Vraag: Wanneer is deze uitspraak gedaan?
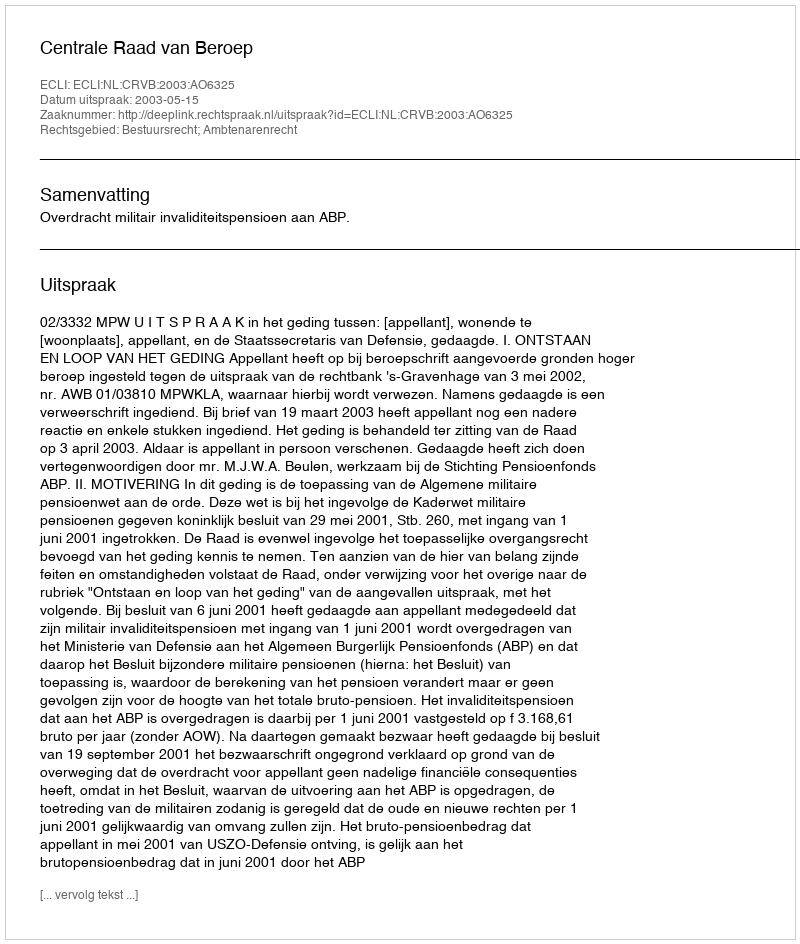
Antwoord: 2003-05-15